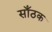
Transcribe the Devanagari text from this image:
साँठक